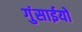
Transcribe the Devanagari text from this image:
गुंसाईयों